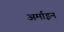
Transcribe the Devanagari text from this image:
अर्माइन